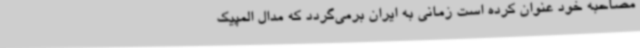
مصاحبه خود عنوان کرده است زمانی به ایران برمی‌گردد که مدال المپیک